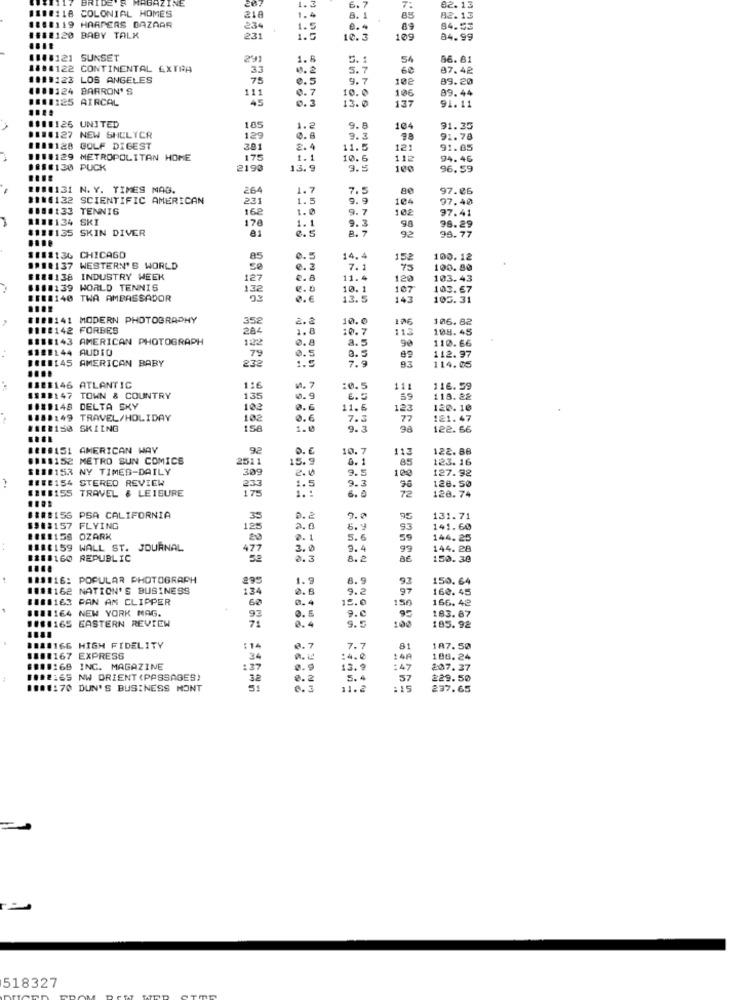
BRIDE!
BAZINE
0118
COLONIAL HOMES
210
7.
82.13
1.4
8.
85
82.13
08119 HARPERS BAZAAR
234
1.5
e.4
89
84.53
1812120 BABY TALK
231
10.3
109
84.99
1108121 SUNSET
291
1.
5. 1
54
66. 81
1884122 CONTINENTAL EXTRA
33
0.2
5.7
60
87.42
1119123 LOS ANGELES
75
8.5
9.7
10₴
89.20
1880124
BARRON'S
111
0.7
10.0
106
89.44
1110125 AIRCAL
45
0.2
91.11
13.0
137
181:126 UNITED
185
1.2
9.8
104
91.35
0180127
NEW SHELYCR
129
0.8
9.3
91.78
1118128 GOLF DIGEST
301
2. 4
11.5
121
91.85
1110129 METROPOLITAN HOME
175
1.1
10.6
112
94.46
####130 PUCK
2190
13.9
9.5
100
96.59
1100131 N. Y. TIMES MAG.
264
1.7
7.5
80
97.06
$116122 SCIENTIFIC AMERICAN
231
1.5
9.9
104
97.40
1198133 TENNIS
162
1.0
9.7
102
97.41
111:134 SKI
178
1118135 SKIN DIVER
1.1
8. 5
9.3
8. 7
98
98.29
99.77
1112136 CHICAGO
85
0.5
14.4
153
100.12
110137 WESTERN'S WORLD
50
0.3
7.1
75
100.80
####138 INDUSTRY WEEK
127
€.8
11.4
120
103.43
110139 WORLD TENNIS
132
10.1
107
103.67
118140 TWA AMBASSADOR
0.€
13.5
105.31
0141 MODERN PHOTOGRAPHY
352
2.2
10.0
106.82
2142 FORBES
284
1.8
10.7
13
108.45
1143 AMERICAN PHOTOGRAPH
122
8.5
90
110.66
#144 AUDIO
0.8
112.97
#145 AMERICAN BABY
79
0.5
1.5
8.5
7.9
93
114.05
18146 ATLANTIC
116
4. 7
:0.5
111
116.59
102147 TOWN & COUNTRY
135
0.9
E. C
59
118.32
010148 DELTA SKY
102
2.6
11.6
123
120.10
008:49 TRAVEL/HOLIDAY
102
0.6
7.3
77
121.47
112150 SKIING
158.
1.0
9.
98
122. 66
BREBIS1 AMERICAN WAY
92
0.€
10.7
113
122.88
0110152 METRO SUN COMICS
2511
15.9
8.1
85
123.16
$118153 NY TIMES-DAILY
309
2. 0
100
127.92
11:2154 STEREO REVIEW
9.3
9.5
####155 TRAVEL & LEISURE
233
175
1.5
6.0
96
72
128.50
128.74
1 .:
####156 PSA CALIFORNIA
35
9.0
95
131.71
1008157 FLYING
125
2.6
6.9
93
141.60
OZARK
20
0.1
5.6
59
144.25
###8159 WALL ST. JOURNAL
477
3.0
9.4
99
144.28
#188160 REPUBLIC
2.3
8. 2
150.30
WIS#16: POPULAR PHOTOGRAPH
1.9
8.9
150.64
1011162 NATION'S BUSINESS
134
0.6
9.2
97
160.45
1181163 PAN AM CLIPPER
0.4
15.0
166. 42
8881164 NEW YORK NAG.
60
9. C
150
####165 EASTERN REVIEW
93
0.5
9.5
100
183.87
0.4
195. 92
1120166 HIGH FIDELITY
:14
0.7
7.7
81
187.50
188:167 EXPRESS
34
:4.º
14A
186.24
$818168 INC. MAGAZINE
137
0.0
13.9
:47
207.37
10.2169 NW ORIENT (PASSAGES)
32
2.2
5.4
57
229.50
1800170 DUN'S BUSINESS MONT
0.3
11. 2
:15
237.65
518327